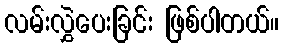
လမ်းလွှဲပေးခြင်း ဖြစ်ပါတယ်။